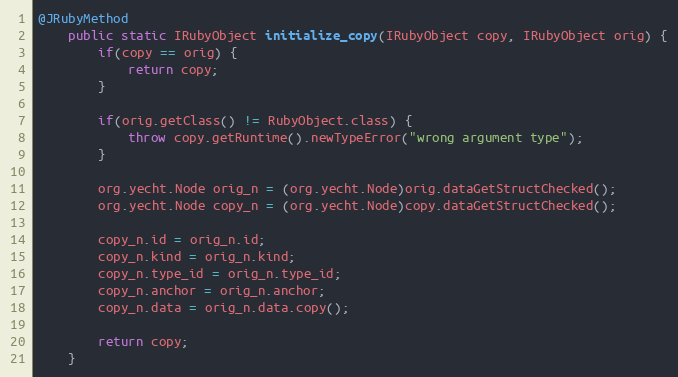
Language: Java
@JRubyMethod
    public static IRubyObject initialize_copy(IRubyObject copy, IRubyObject orig) {
        if(copy == orig) {
            return copy;
        }

        if(orig.getClass() != RubyObject.class) {
            throw copy.getRuntime().newTypeError("wrong argument type");
        }

        org.yecht.Node orig_n = (org.yecht.Node)orig.dataGetStructChecked();
        org.yecht.Node copy_n = (org.yecht.Node)copy.dataGetStructChecked();

        copy_n.id = orig_n.id;
        copy_n.kind = orig_n.kind;
        copy_n.type_id = orig_n.type_id;
        copy_n.anchor = orig_n.anchor;
        copy_n.data = orig_n.data.copy();

        return copy;
    }